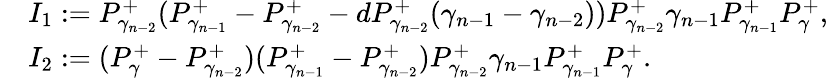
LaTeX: \begin{array}{rl}&{I_{1}:=P_{\gamma_{n-2}}^{+}(P_{\gamma_{n-1}}^{+}-P_{\gamma_{n-2}}^{+}-dP_{\gamma_{n-2}}^{+}(\gamma_{n-1}-\gamma_{n-2}))P_{\gamma_{n-2}}^{+}\gamma_{n-1}P_{\gamma_{n-1}}^{+}P_{\gamma}^{+},}\\ &{I_{2}:=(P_{\gamma}^{+}-P_{\gamma_{n-2}}^{+})(P_{\gamma_{n-1}}^{+}-P_{\gamma_{n-2}}^{+})P_{\gamma_{n-2}}^{+}\gamma_{n-1}P_{\gamma_{n-1}}^{+}P_{\gamma}^{+}.}\end{array}